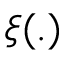
\xi ( . )